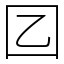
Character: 𡆠